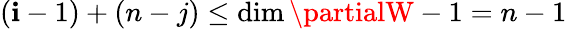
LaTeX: (\mathbf{i}-1)+(n-j)\leq\dim\partialW-1=n-1